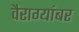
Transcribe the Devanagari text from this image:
वैराग्यांबर